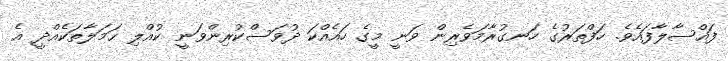
ފައްސާލާފައެވެ. ހަފްތަރުގެ ހަނގުރާމަވެރިން ވަނީ މީގެ ހައެއްކަ ދުވަސްކުރިންވަނީ ކުއްލި ޙަމަލާތަކެއްދީ އެ